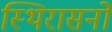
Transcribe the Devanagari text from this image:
स्थिरासनो